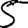
Digit: 5